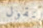
لنقول